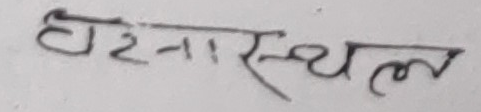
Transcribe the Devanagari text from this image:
घटनास्थल